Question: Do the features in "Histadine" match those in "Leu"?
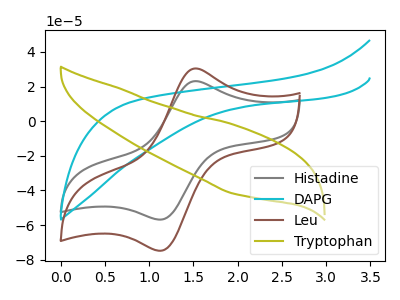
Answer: <think>The gray curve "Histadine" has an anodic peak at (1.50V, 23.10uA) and a cathodic peak at (1.15V, -56.85uA). The cyan curve "DAPG" has no peaks. The brown curve "Leu" has an anodic peak at (1.50V, 30.45uA) and a cathodic peak at (1.15V, -74.85uA). The olive curve "Tryptophan" has no peaks.
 All the peaks in "Histadine" have a peak in "Leu" at the same potential. Every peak in "Histadine" is lower than every peak in "Leu".</think>
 <answer>"Histadine" and "Leu" are similar in shape.</answer>
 <eval>same_shape</eval>